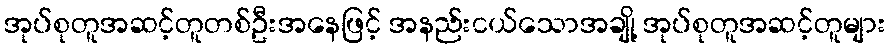
အုပ်စုတူအဆင့်တူတစ်ဦးအနေဖြင့် အနည်းငယ်သောအချို့ အုပ်စုတူအဆင့်တူများ